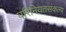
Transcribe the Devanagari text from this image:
परिनियतसंकल्प